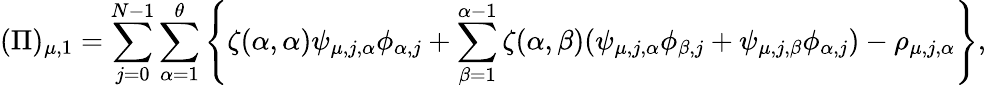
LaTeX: (\Pi)_{\mu,1}=\sum_{j=0}^{N-1}\sum_{\alpha=1}^{\theta}\left\{ \zeta(\alpha,\alpha)\psi_{\mu,j,\alpha}\phi_{\alpha,j}+\sum_{\beta=1}^{\alpha-1}\zeta(\alpha,\beta)(\psi_{\mu,j,\alpha}\phi_{\beta,j}+\psi_{\mu,j,\beta}\phi_{\alpha,j})-\rho_{\mu,j,\alpha}\right\} ,